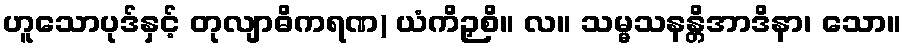
ဟူသောပုဒ်နှင့် တုလျာဓိကရဏ) ယံကိဉှစိ။ လ။ သမ္မသနန္တိအာဒိနာ၊ သော။